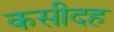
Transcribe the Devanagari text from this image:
कसीदह